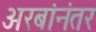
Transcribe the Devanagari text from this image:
अरबांनंतर